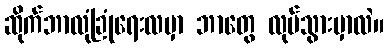
ဆိုက်ဘာလုံခြုံရေးလမှာ ဘာတွေ လုပ်သွားမှာလဲ။